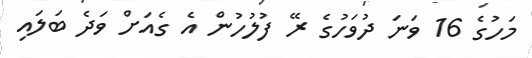
މަހުގެ 16 ވަނަ ދުވަހުގެ ރޭ ފުލުހުން އެ ގެއަށް ވަދެ ބަލައި